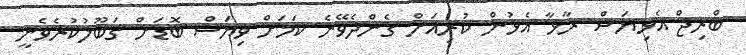
ބްރިޖް އެޅިޔަސް ރާޅާ އެޅުން ކުރިއަށް ގެންދެވޭނެ ކަމަށް ވިޔަސް ބޮޑަށް ގަބޫލުކުރެވެނީ